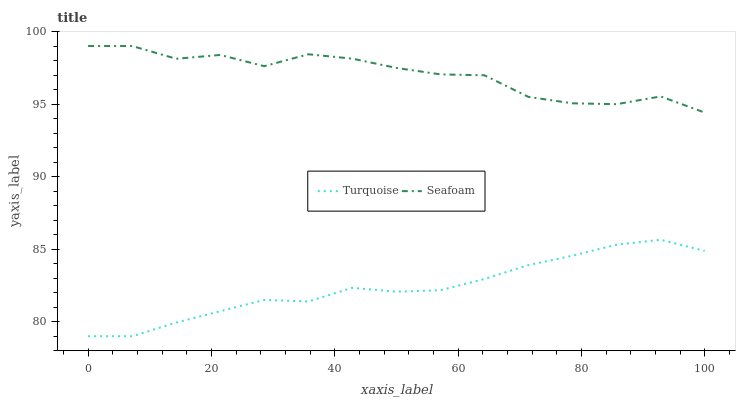
| xaxis_label | Turquoise | Seafoam |
 | --- | --- | --- |
 | 0 | 79 | 99 |
 | 7.14 | 79 | 99 |
 | 14.3 | 79.9 | 98.1 |
 | 21.4 | 80.7 | 98.4 |
 | 28.6 | 81.5 | 97.6 |
 | 35.7 | 81.4 | 98.4 |
 | 42.9 | 82.3 | 98.1 |
 | 50 | 82.1 | 97.5 |
 | 57.1 | 82.2 | 97 |
 | 64.3 | 82.9 | 97 |
 | 71.4 | 83.9 | 95.5 |
 | 78.6 | 84.6 | 95.1 |
 | 85.7 | 85.3 | 95 |
 | 92.9 | 85.6 | 95.5 |
 | 100 | 84.9 | 94.4 |